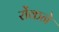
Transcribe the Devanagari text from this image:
रोंकने